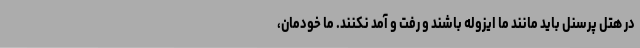
در هتل پرسنل باید مانند ما ایزوله باشند و رفت و آمد نکنند. ما خودمان،